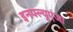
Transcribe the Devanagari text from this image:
इनफ्ल्यूएंजा